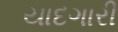
યાદગારી